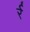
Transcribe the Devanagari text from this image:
र्र